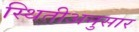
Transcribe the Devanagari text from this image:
स्थितीअनुसार